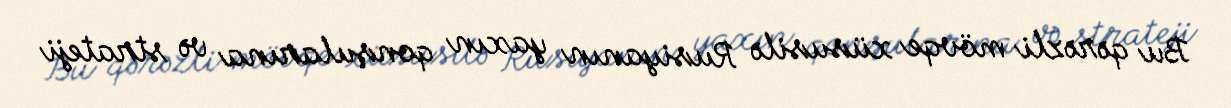
Bu qərəzli mövqe xüsusilə Rusiyanın yaxın qonşularına və strateji